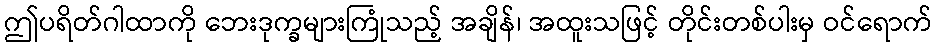
ဤပရိတ်ဂါထာကို ဘေးဒုက္ခများကြုံသည့် အချိန်၊ အထူးသဖြင့် တိုင်းတစ်ပါးမှ ဝင်ရောက်